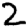
Digit: 2